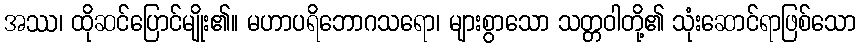
အဿ၊ ထိုဆင်ပြောင်မျိုး၏။ မဟာပရိဘောဂသရော၊ များစွာသော သတ္တဝါတို့၏ သုံးဆောင်ရာဖြစ်သော